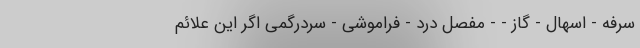
سرفه - اسهال - گاز - - مفصل درد - فراموشی - سردرگمی اگر این علائم